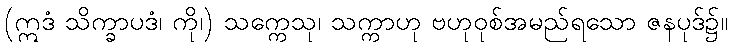
(ဣဒံ သိက္ခာပဒံ၊ ကို၊) သက္ကေသု၊ သက္ကာဟု ဗဟုဝုစ်အမည်ရသော ဇနပုဒ်၌။